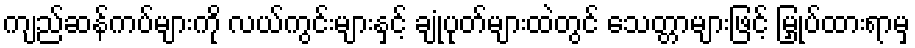
ကျည်ဆန်ကပ်များကို လယ်ကွင်းများနှင့် ချုံပုတ်များထဲတွင် သေတ္တာများဖြင့် မြှုပ်ထားရာမှ